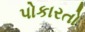
પોકારતો